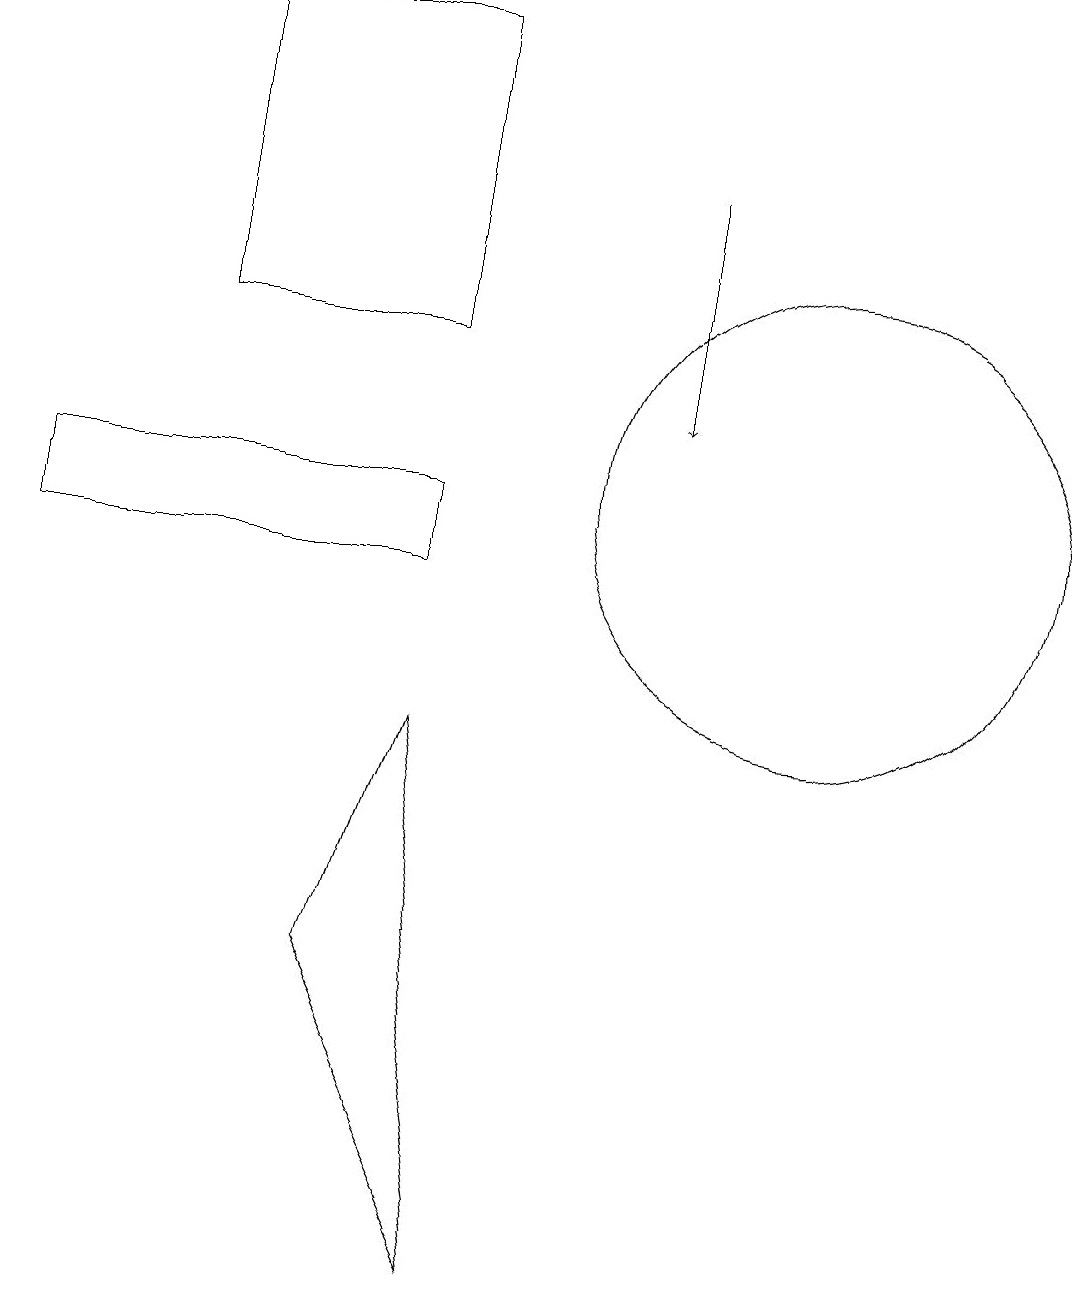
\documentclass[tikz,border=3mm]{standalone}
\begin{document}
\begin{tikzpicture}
\draw (6,2) -- (5,9) -- (4,6) -- cycle;
\draw (0,12) rectangle (5,11);
\draw (2,14) rectangle (5,18);
\draw[->] (8,16) -- (8,13);
\draw (10,12) circle (3);
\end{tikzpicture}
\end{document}